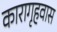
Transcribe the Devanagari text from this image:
कारागृहवास